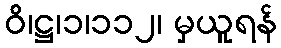
ဝိ၊ဋ္ဌ၊၁၊၁၁၂၊ မှယူရန်